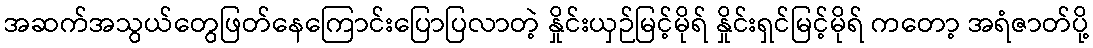
အဆက်အသွယ်တွေဖြတ်နေကြောင်းပြောပြလာတဲ့ နှိုင်းယှဉ်မြင့်မိုရ် နှိုင်းရှင်မြင့်မိုရ် ကတော့ အရံဇာတ်ပို့